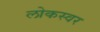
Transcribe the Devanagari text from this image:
लोकस्वर